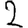
Digit: 2